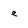
Character: e